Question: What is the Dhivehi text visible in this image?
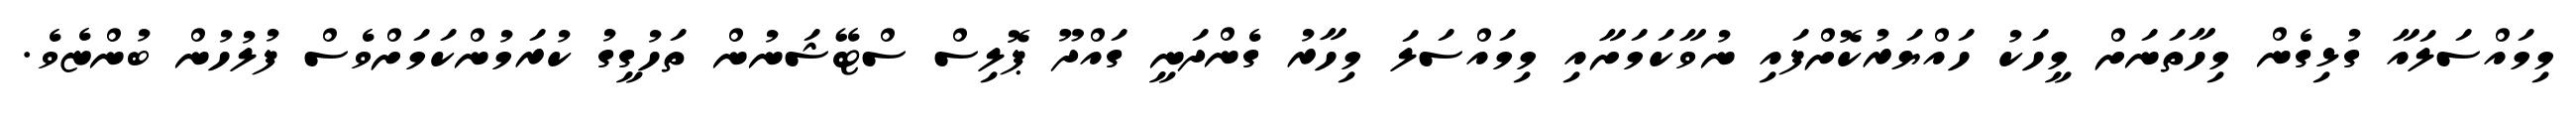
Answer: މިމައްސަލައާ ގުޅިގެން މިހާތަނަށް މީހަކު ހައްޔަރުކޮށްފައި ނުވާކަމަށާއި މިމައްސަލަ މިހާރު ގެންދަނީ ގައްދޫ ޕޮލިސް ސްޓޭޝަނުން ތަހުގީގު ކުރަމުންކަމަށްވެސް ފުލުހުން ބުންޏެވެ.